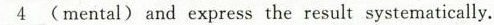
\underline{4} (mental) and express the result systematically.